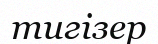
тигізер